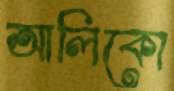
আলিকো